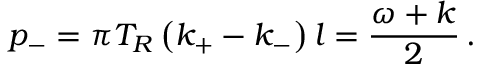
p _ { - } = \pi T _ { R } \left( k _ { + } - k _ { - } \right) l = { \frac { \omega + k } { 2 } } \, .